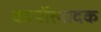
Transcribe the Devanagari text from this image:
कार्योत्पादक